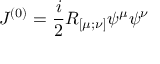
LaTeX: { \cal J } ^ { ( 0 ) } = \frac i 2 R _ { [ \mu ; \nu ] } \psi ^ { \mu } \psi ^ { \nu }